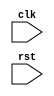
module behavioral_modeling_block (
    input wire clk,
    input wire rst
);
    
    reg q;
    
    always @(posedge clk or negedge rst) begin
        if (~rst) begin
            // reset behavior
            q <= 0;
        end else begin
            // normal operation
            q <= q + 1;
        end
    end
    
endmodule